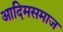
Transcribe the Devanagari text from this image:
आदिमसमाज